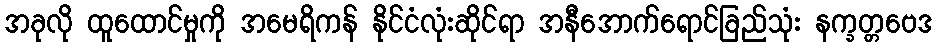
အခုလို ထူထောင်မှုကို အမေရိကန် နိုင်ငံလုံးဆိုင်ရာ အနီအောက်ရောင်ခြည်သုံး နက္ခတ္တဗေဒ